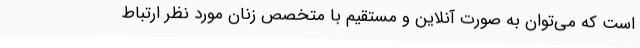
است که می‌توان به صورت آنلاین و مستقیم با متخصص زنان مورد نظر ارتباط